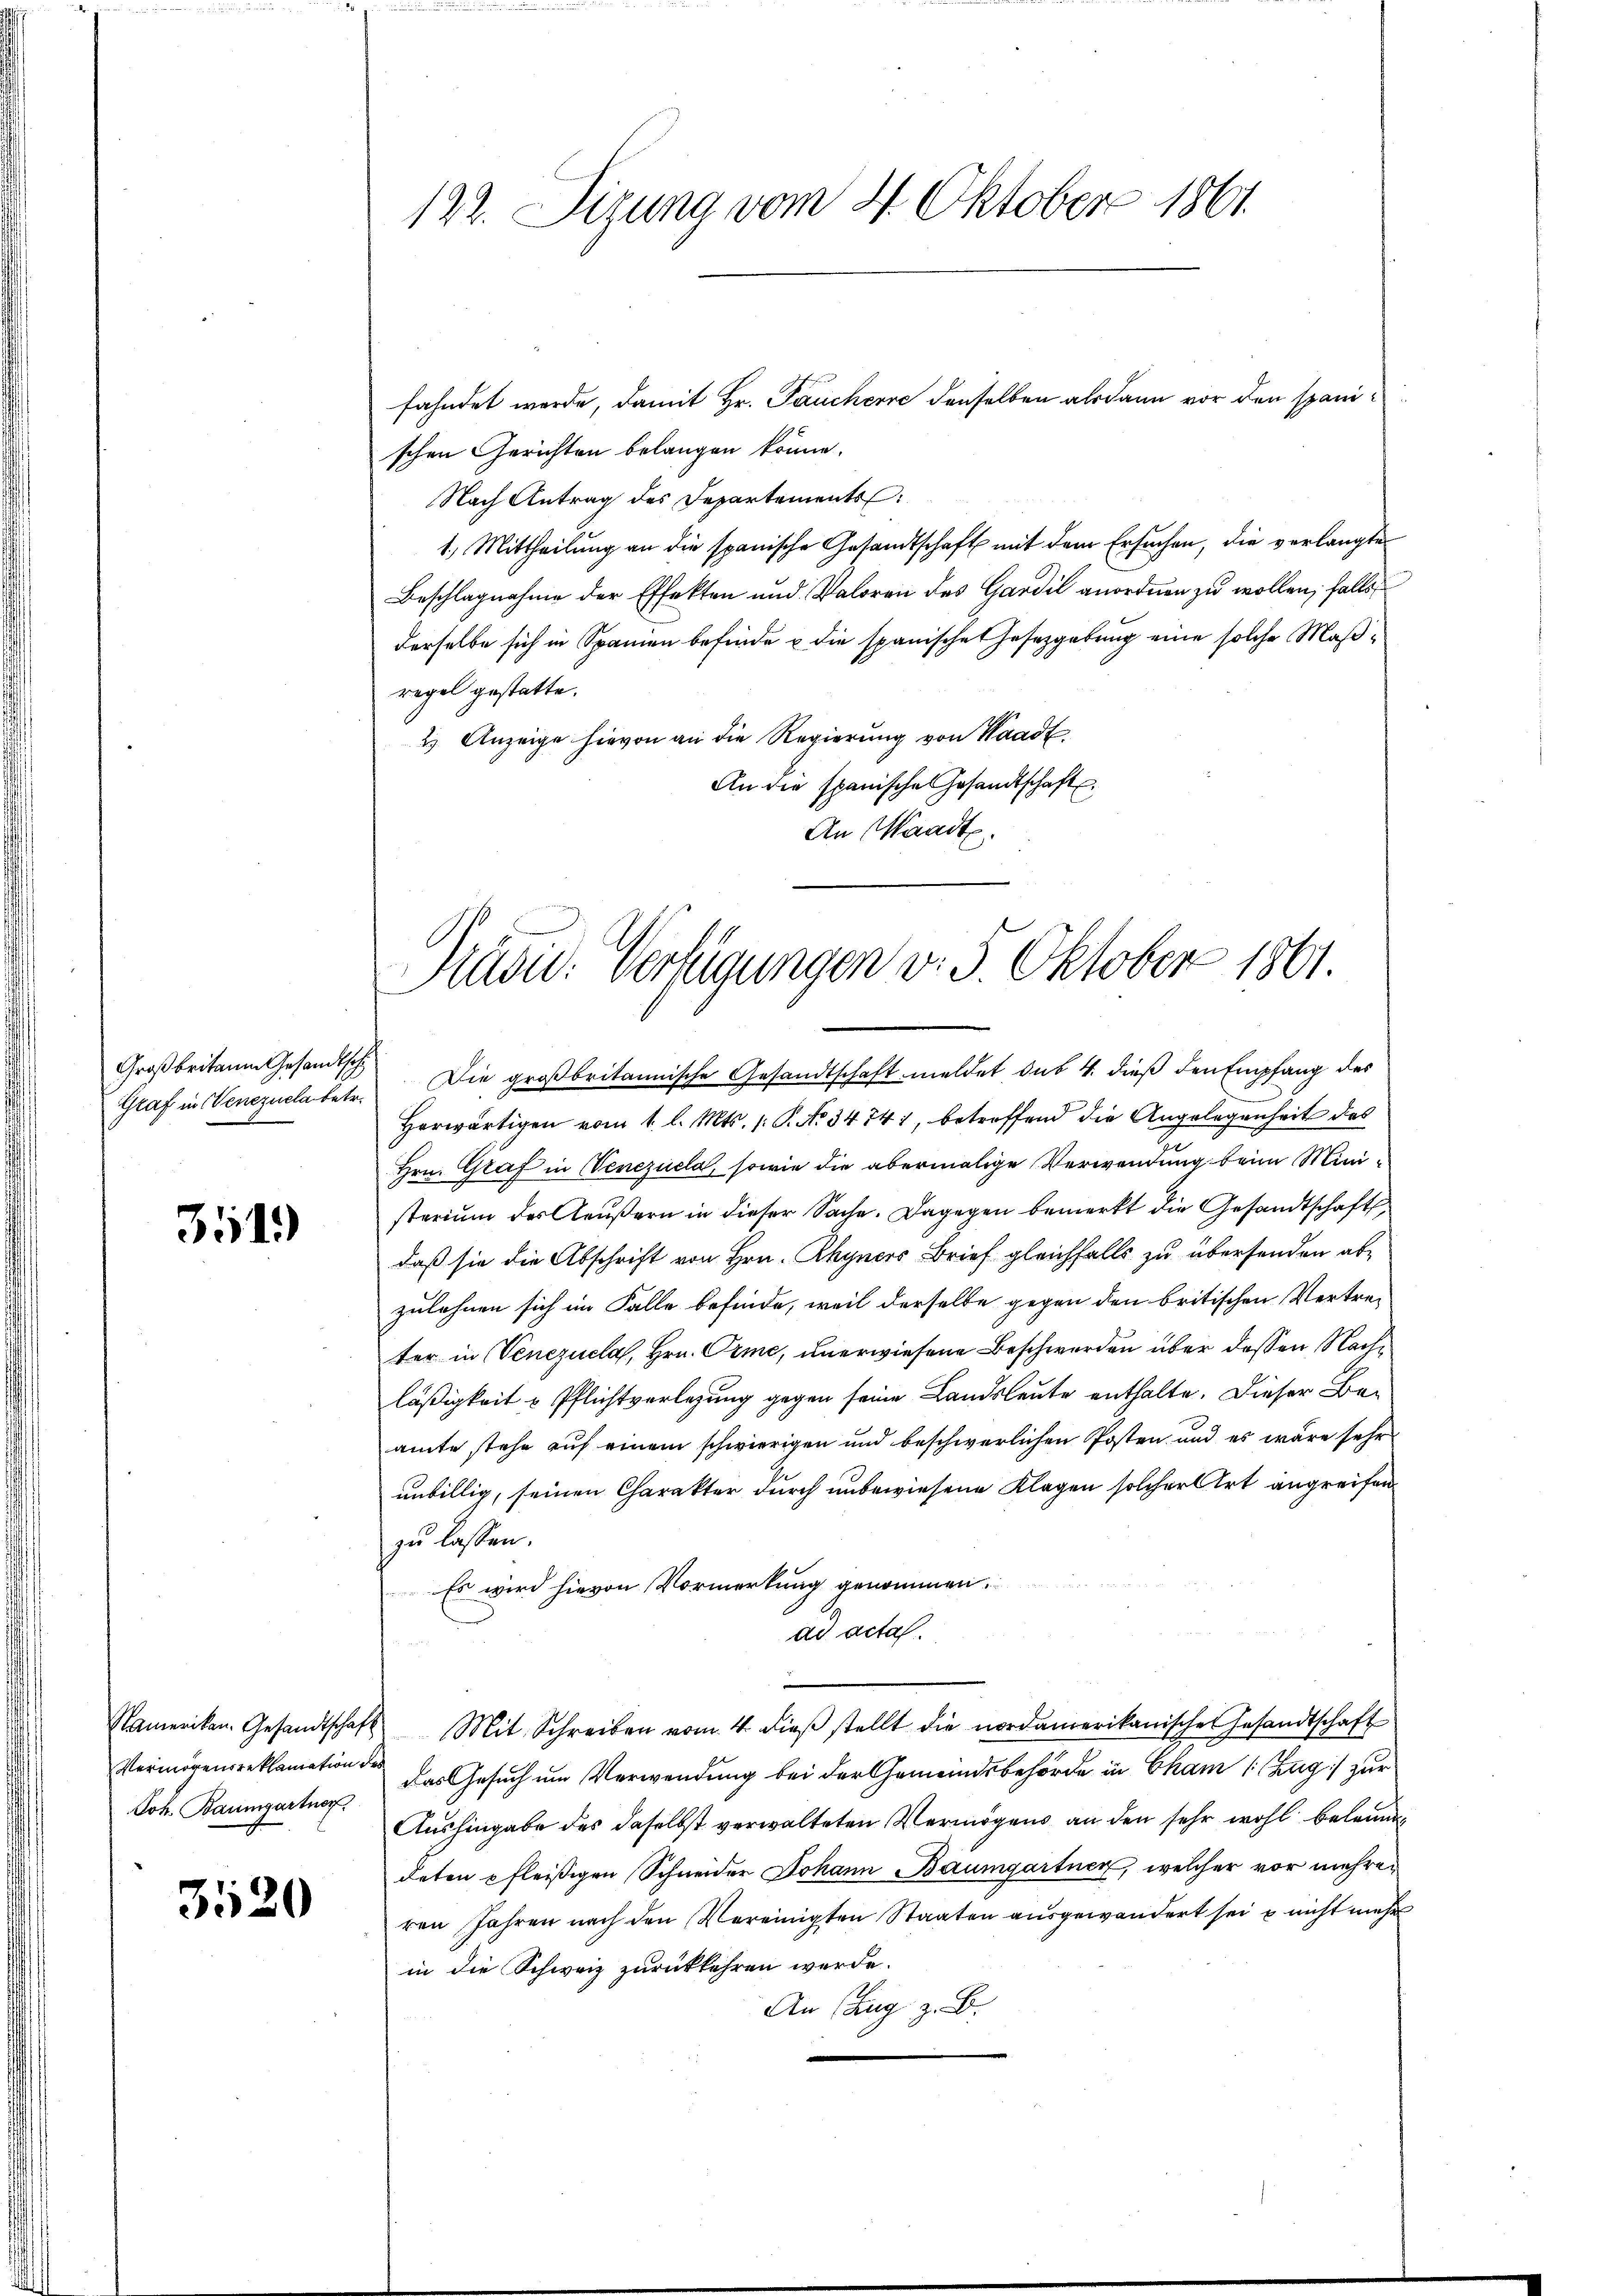
Großbritain Gesandtsch

3519

Joh. Baumgartner

3520

122. Sizung vom 4. Oktober 1861.

fahndet werde, damit Hr. Pauchere denselben als dann vor den spanischen Gerichten belangen könne.
Nach Antrag des Departements
1.) Mittheilung an die spanische Gesandtschaft mit dem Ersuchen, die verlangte
Beschlagnahme der Effekten und Valoren des Gardil anordnen zu wollen; falls
derselbe sich in Spanien befinde u die spanische Gesetzgebung eine solche Maßregel gestatte.
2.) Anzeige hievon an die Regierung von Waadt.
An die spanische Gesandtschaft
An Waadt.
Herwärtigen vom 1. l. Mts. 1: P. No 34741, betroffend die Angelegenheit des
Hrn. Graf in Venezuela, sowie die abermalige Verwendung beim Ministerium des Aeußern in dieser Sache. Dagegen bemerkt die Gesandtschaft
daß sie die Abschrift von Hrn. Rhyners Brief gleichfalls zu übersenden abzulehnen sich im Falle befinde, weil derselbe gegen den britischen Vertreter in Venezuela, Hrn. Orme, unerwiesene Beschwerden über dessen Nachläßigkeit & Pflichtverlegung gegen seine Landsleute enthalte. Dieser Beamte stehe auf einem schwierigen und beschwerlichen Posten und es wäre sehr
unbillig, seinen Charakter durch unbewiesene Klagen solcher Art angreifen
zu lassen.
Es wird hievon Vormerkung genommen.
ad acta.
Nameriken. Gesandtschaft Mit Schreiben vom 4 dieβ stellt die nordamerikanischen Gesandtschaft
Vermögensreklamation das Gesuch um Verwendung bei der Gemeindsbehörde in Cham (Zug:/ zur
Aushingabe des daselbst verwalteten Vermögens an den sehr wohl beleum
deten pfleißigen Schneider Johann Baumgartner, welcher vor mehren
ren Jahren nach den Vereinigten Staaten ausgewandert sei u nicht mehr
in die Schweiz zurückkehren werde.
An (Zug z. B.

Präsid. Verfügungen v. 3. Oktober 1861.
Graf in Venezuela betr. Die großbritannische Gesandtschaft meldet das 4. dieß den Empfang des